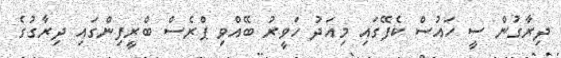
ދިރާގުން ސީ ހައުސް ކެފޭގައި މިއަދު ހަވީރު ބޭއްވި ޕްރެސް ބްރީފިންގައި ދިރާގުގެ